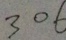
3 0 6